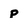
Character: p